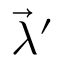
{ \vec { \lambda } } ^ { \prime }